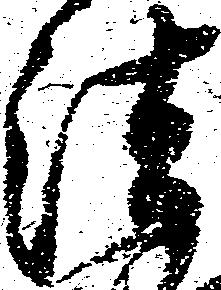
法